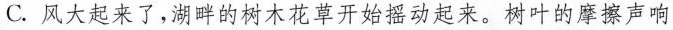
C.风大起来了，湖畔的树木花草开始摇动起来。树叶的摩擦声响